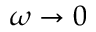
\omega \rightarrow 0